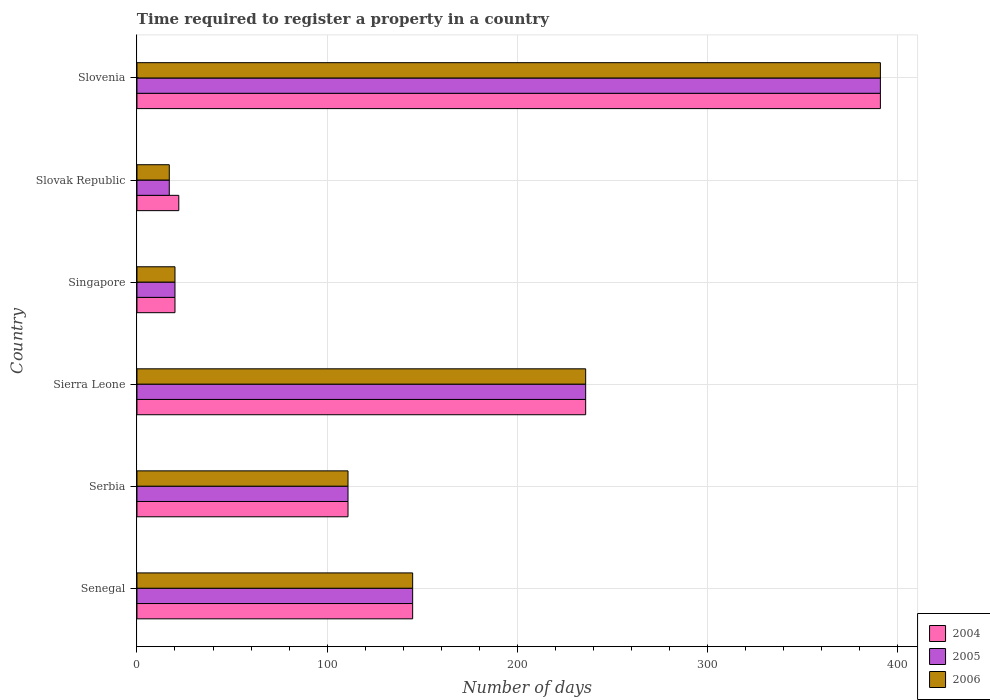
| Country | 2004 | 2005 | 2006 |
 | --- | --- | --- | --- |
 | Senegal | 145 | 145 | 145 |
 | Serbia | 111 | 111 | 111 |
 | Sierra Leone | 236 | 236 | 236 |
 | Singapore | 20 | 20 | 20 |
 | Slovak Republic | 22 | 17 | 17 |
 | Slovenia | 391 | 391 | 391 |